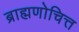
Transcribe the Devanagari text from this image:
ब्राह्मणोचित्त